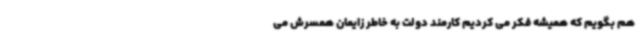
هم بگویم که همیشه فکر می کردیم کارمند دولت به خاطر زایمان همسرش می